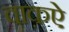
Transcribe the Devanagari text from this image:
वाक़ऐ